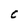
Character: C